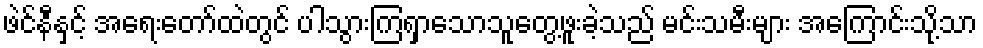
ဖဲင်နီနှင့် အရေးတော်ထဲတွင် ပါသွားကြရှာသောသူတွေ့ဖူးခဲ့သည် မင်းသမီးများ အကြောင်းသို့သာ